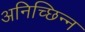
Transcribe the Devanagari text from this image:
अनिच्छिन्न